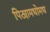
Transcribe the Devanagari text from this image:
पिट्यामधोमध